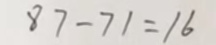
8 7 - 7 1 = 1 6